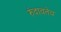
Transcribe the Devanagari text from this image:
रुंदावतेय